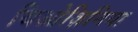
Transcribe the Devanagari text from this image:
थिओज़िनिया